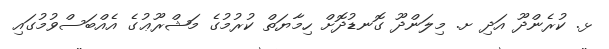
ޅ. ކުރެންދޫ އަދި ށ. މިލަންދޫ ގޮނޑުދޮށް ހިމާޔަތް ކުރުމުގެ މަޝްރޫޢުގެ އެއްބަސްވުމުގައި